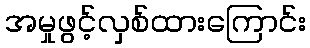
အမှုဖွင့်လှစ်ထားကြောင်း